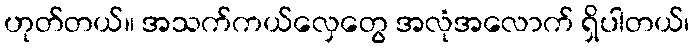
ဟုတ်တယ်။ အသက်ကယ်လှေတွေ အလုံအလောက် ရှိပါတယ်၊